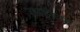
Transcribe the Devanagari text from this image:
खादीच्या